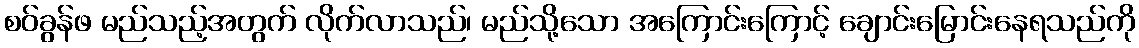
စဝ်ခွန်ဖ မည်သည့်အတွက် လိုက်လာသည်၊ မည်သို့သော အကြောင်းကြောင့် ချောင်းမြောင်းနေရသည်ကို